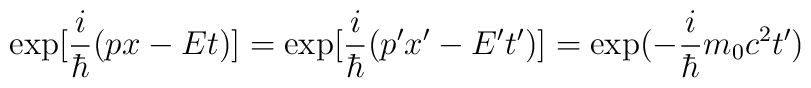
\exp[\frac{i} {\hbar}(px-Et)]=\exp[\frac{i} {\hbar}(p'x'-E't')]=\exp(-\frac{i} {\hbar}m_{0}c^{2}t')